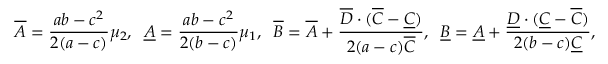
\overline { { A } } = \frac { a b - c ^ { 2 } } { 2 ( a - c ) } \mu _ { 2 } , \; \; \underline { { A } } = \frac { a b - c ^ { 2 } } { 2 ( b - c ) } \mu _ { 1 } , \; \; \overline { { B } } = \overline { { A } } + \frac { \overline { { D } } \cdot ( \overline { { C } } - \underline { { C } } ) } { 2 ( a - c ) \overline { { C } } } , \; \; \underline { { B } } = \underline { { A } } + \frac { \underline { { D } } \cdot ( \underline { { C } } - \overline { { C } } ) } { 2 ( b - c ) \underline { { C } } } ,